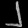
Digit: ၂